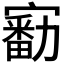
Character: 𡫘